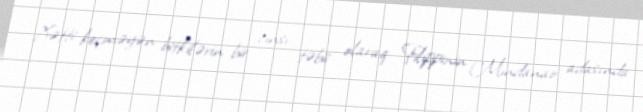
Xətti keçməyən bitkilərin bir cinsi, təbii olaraq Filippinin Mindanao adasında